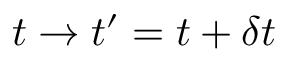
t \rightarrow t ^ { \prime } = t + \delta t